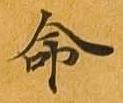
命